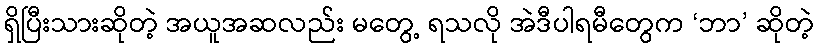
ရှိပြီးသားဆိုတဲ့ အယူအဆလည်း မတွေ့ ရသလို အဲဒီပါရမီတွေက ‘ဘာ’ ဆိုတဲ့